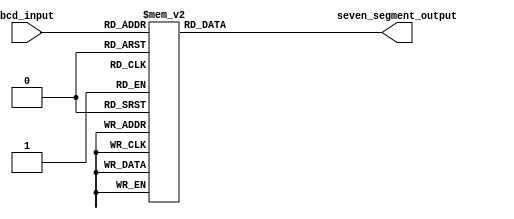
module bcd_decoder (
    input [3:0] bcd_input,
    output reg [6:0] seven_segment_output
    );
    
    always @(*)
    begin
        case(bcd_input)
            4'd0: seven_segment_output = 7'b1000000;  //0
            4'd1: seven_segment_output = 7'b1111001;  //1
            4'd2: seven_segment_output = 7'b0100100;  //2
            4'd3: seven_segment_output = 7'b0110000;  //3
            4'd4: seven_segment_output = 7'b0011001;  //4
            4'd5: seven_segment_output = 7'b0010010;  //5
            4'd6: seven_segment_output = 7'b0000010;  //6
            4'd7: seven_segment_output = 7'b1111000;  //7
            4'd8: seven_segment_output = 7'b0000000;  //8
            4'd9: seven_segment_output = 7'b0010000;  //9
            default: seven_segment_output = 7'b1111111; //Display nothing
        endcase
    end
endmodule